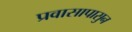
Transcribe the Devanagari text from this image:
प्रवासापासुन